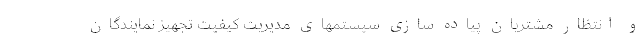
و انتظار مشتریان پیاده سازی سیستمهای مدیریت کیفیت تجهیز نمایندگان